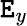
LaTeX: \mathtt{E}_{y}